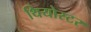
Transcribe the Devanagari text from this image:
थियोस्टर